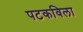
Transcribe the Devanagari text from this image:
पटकविला